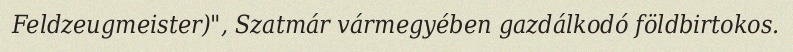
Feldzeugmeister)", Szatmár vármegyében gazdálkodó földbirtokos.